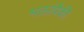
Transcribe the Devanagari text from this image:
भक्तांपैकी